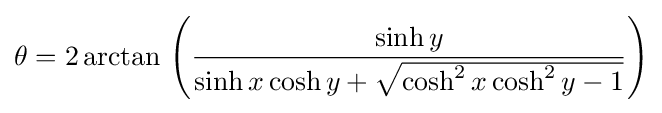
\theta =2\operatorname {arctan} \,\left({\frac {\sinh y}{\sinh x\cosh y+{\sqrt {\cosh ^{2}x\cosh ^{2}y-1}}}}\right)